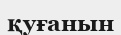
қуғанын